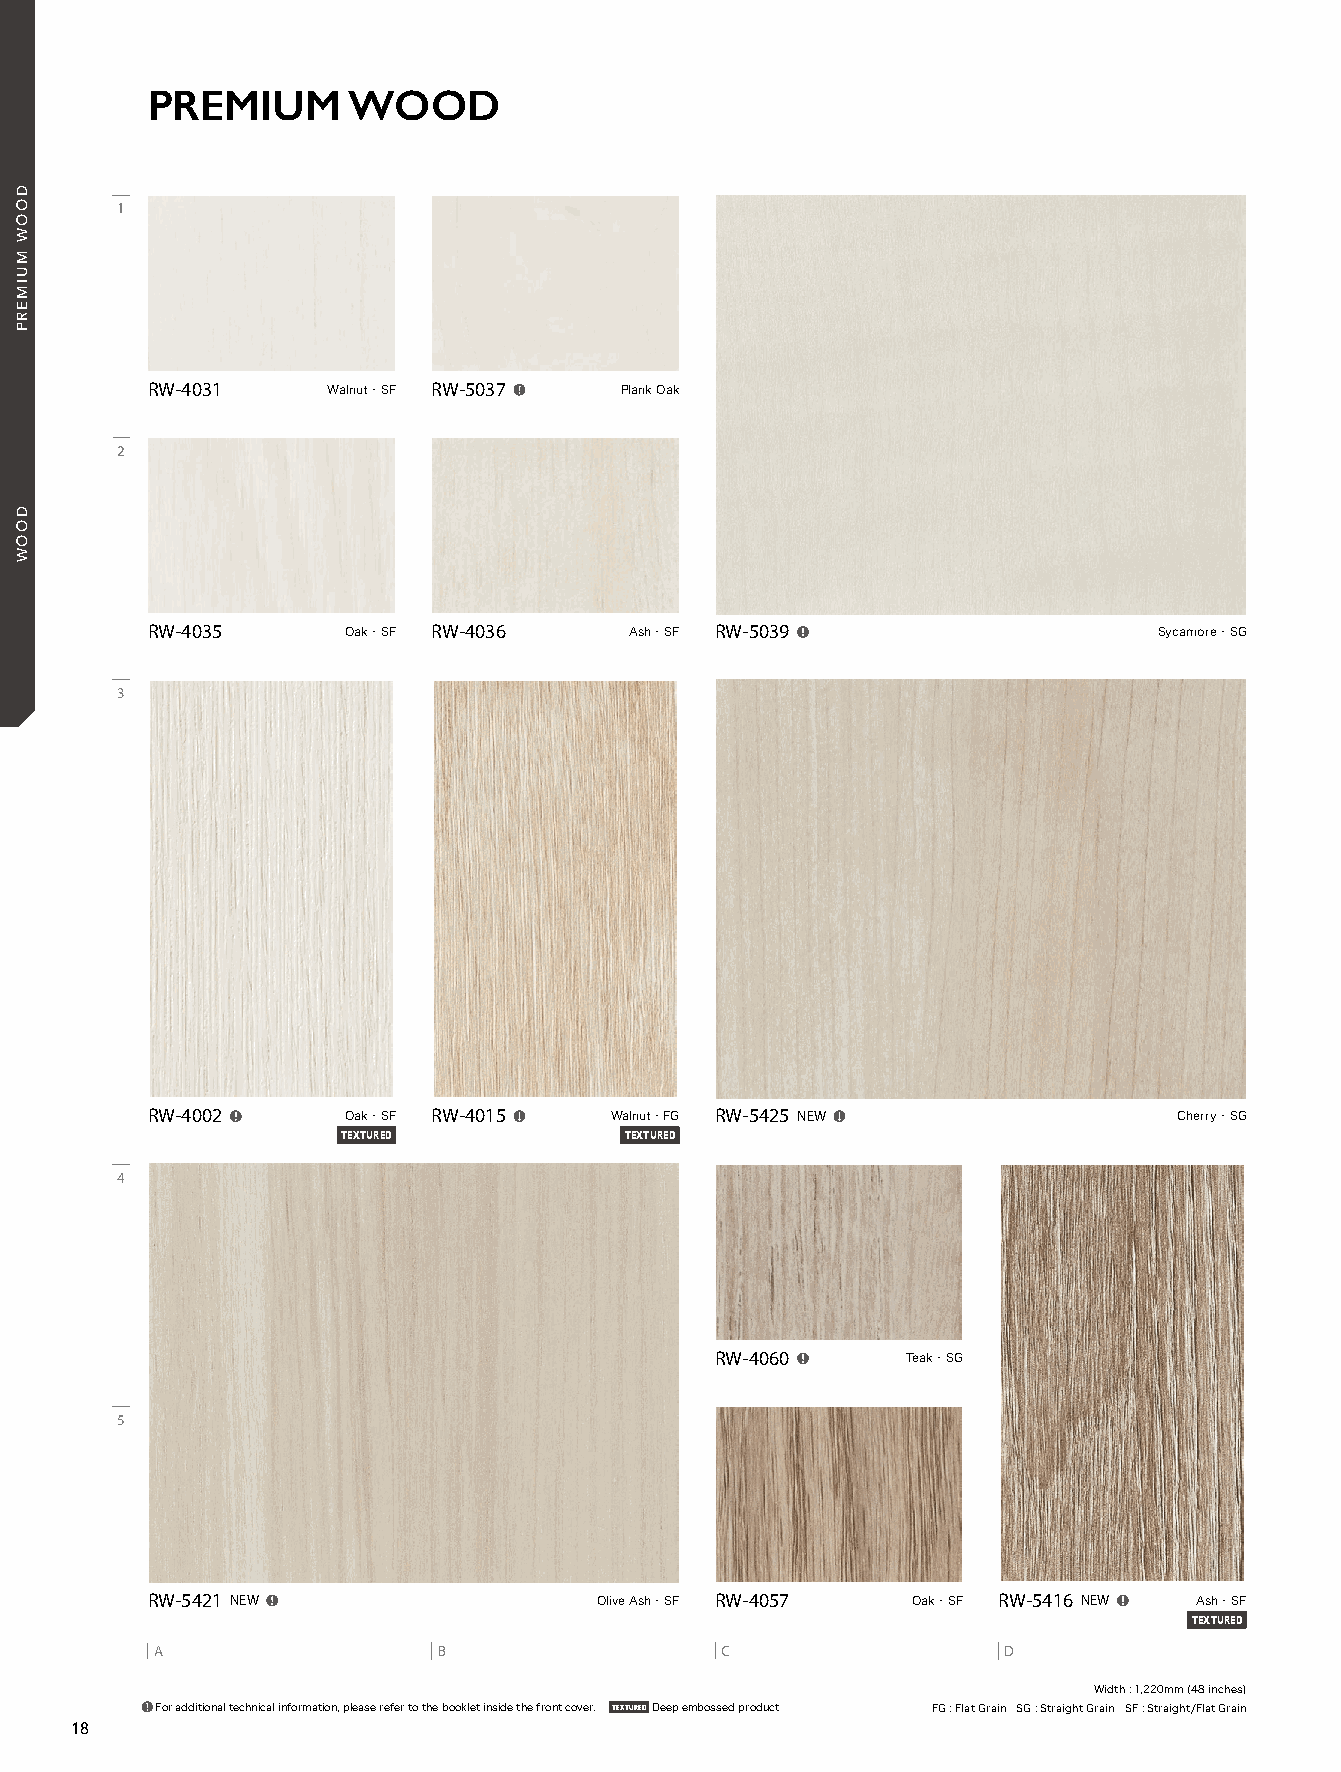
21_REATEC_vol11_P18_C1_KOROSEAL 21/11/19out 🅲🅼🆈🅺
 PREMIUM      WOOD
 1
 RW-4031    Walnut・ SF RW-5037  Plank Oak
 2
 RW-4035     Oak・ SF RW-4036   Ash・ SF RW-5039                   Sycamore・ SG
 3
 RW-4002     Oak・ SF RW-4015  Walnut・FG RW-5425 NEW               Cherry・ SG
 TEXTURED          TEXTURED
 4
 RW-4060     Teak・ SG
 5
 RW-5421 NEW                 Olive Ash・ SF RW-4057  Oak・ SF RW-5416 NEW  Ash・ SF
 TEXTURED
 A                  B                  C                 D
 Width : 1,220mm (48 inches)
 For additional technical information, please refer to the booklet inside the front cover. TEXTURED Deep embossed product FG : Flat Grain SG : Straight Grain SF : Straight/Flat Grain
 18
 DOOW
 MUIMERP
 DOOW